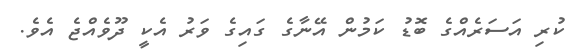
ކުރި އަސަރެއްގެ ބޮޑު ކަމުން އޭނާގެ ގައިގެ ވަރު އެކީ ދޫވެއްޖެ އެވެ.